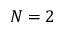
N = 2